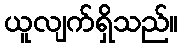
ယူလျက်ရှိသည်။